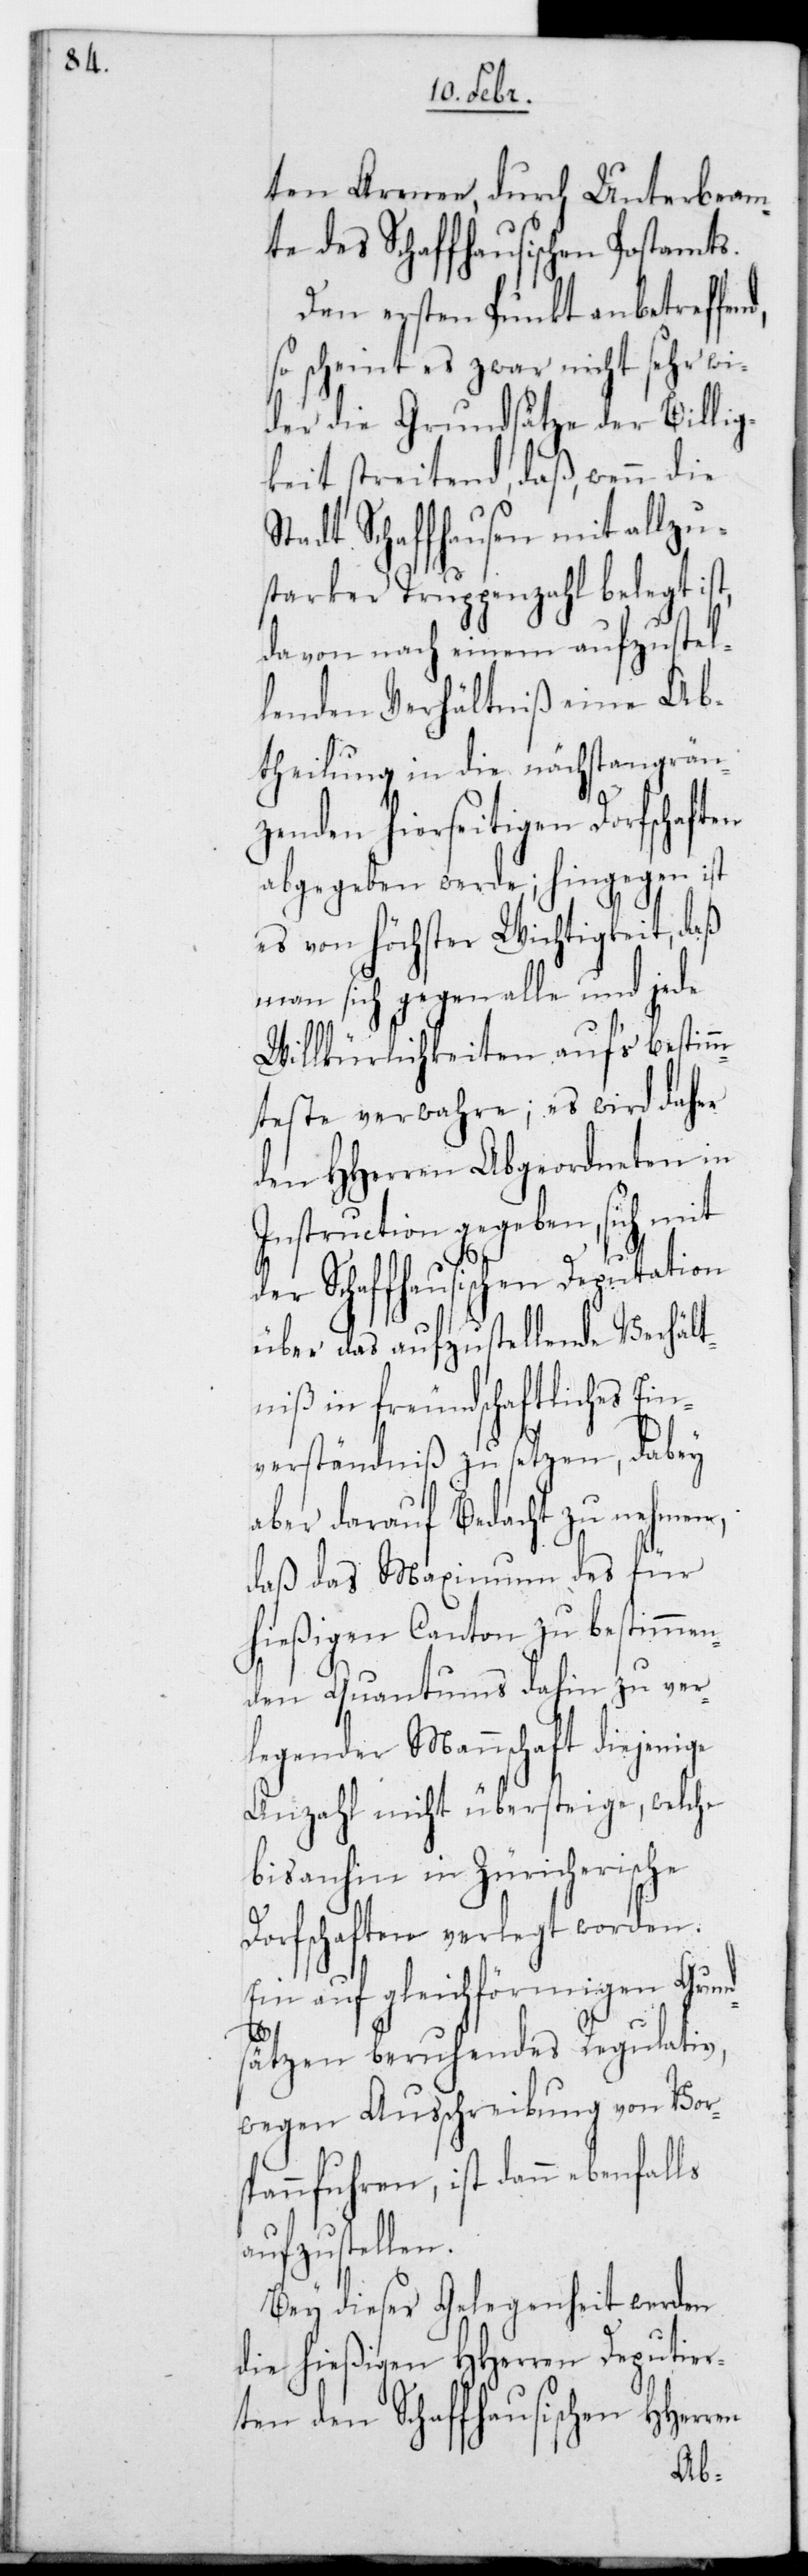
ten Armee, durch Unterbeam¬
te des Schaffhausischen Postamts.
Den ersten Punkt anbetreffend,
so scheint es zwar nicht sehr wi¬
der die Grundsätze der Billig¬
keit streitend, daß wenn die
Stadt Schaffhausen mit allzu
starker Truppenzahl belegt ist,
davon nach einem aufzustel¬
lenden Verhältniß eine Ab¬
theilung in die nächst angren¬
zenden hierseitigen Dorfschaften
abgegeben werde; hingegen ist
es von höchster Wichtigkeit, daß
man sich gegen alle und jede
Willkührlichkeit aufs Bestim¬
mteste verwahre; es wird daher
den HHerren Abgeordneten in
Instruction gegeben, sich mit
der Schaffhausischen Deputation
über das aufzustellende Verhält¬
niß in freundschaftliches Ein¬
verständniß zu setzen, dabey
aber darauf Bedacht zu nehmen,
daß das Maximum des für
hießigen Canton zu bestimmen¬
den Quantums dahin zu ver¬
legender Mannschaft diejeni¬
Anzahl nicht übersteige, welche
bis anhin in Züricherische
Dorfschaften verlegt worden.
Ein auf gleichförmigen Grun¬
d¬
sätzen beruhendes Regulativ,
wegen Ausschreibung von Vor¬
spannfuhren, ist dann ebenfalls
aufzustellen.
Bey dieser Gelegenheit werden
die hießigen HHerren Deputier¬
ten den Schaffhausischen